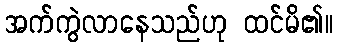
အက်ကွဲလာနေသည်ဟု ထင်မိ၏။